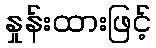
နှုန်းထားဖြင့်